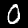
Label: 0